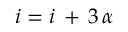
i = i \, + \, 3 \, \alpha